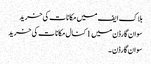
بلاک ایف میں مکانات کی خرید
سوان گارڈن میں 1 کنال مکانات کی خرید
سوان گارڈن ۔